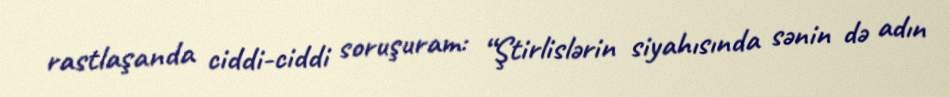
rastlaşanda ciddi-ciddi soruşuram: “Ştirlislərin siyahısında sənin də adın